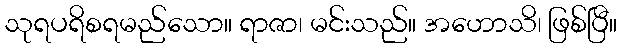
သုရပရိစရမည်သော။ ရာဇာ၊ မင်းသည်။ အဟောသိ၊ ဖြစ်ပြီ။